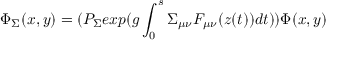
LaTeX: \Phi _ { \Sigma } ( x , y ) = ( P _ { \Sigma } e x p ( g \int _ { 0 } ^ { s } \Sigma _ { \mu \nu } F _ { \mu \nu } ( z ( t ) ) d t ) ) \Phi ( x , y )